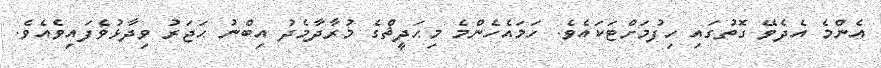
އެންމެ އެދެވޭ ގޮތުގައި ހިފުމަށްޓަކައެވެ. ހަމައެހެންމެ މިޙަދީޘްގެ މުރާދާމެދު އިބްނު ޙަޖަރު ވިދާޅުވެފައިވެއެވެ.